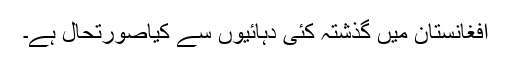
افغانستان میں گذشتہ کئی دہائیوں سے کیاصورتحال ہے۔